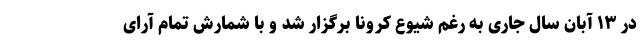
در ۱۳ آبان سال جاری به رغم شیوع کرونا برگزار شد و با شمارش تمام آرای